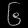
Digit: ၆